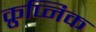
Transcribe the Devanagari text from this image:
क्रुप्निक